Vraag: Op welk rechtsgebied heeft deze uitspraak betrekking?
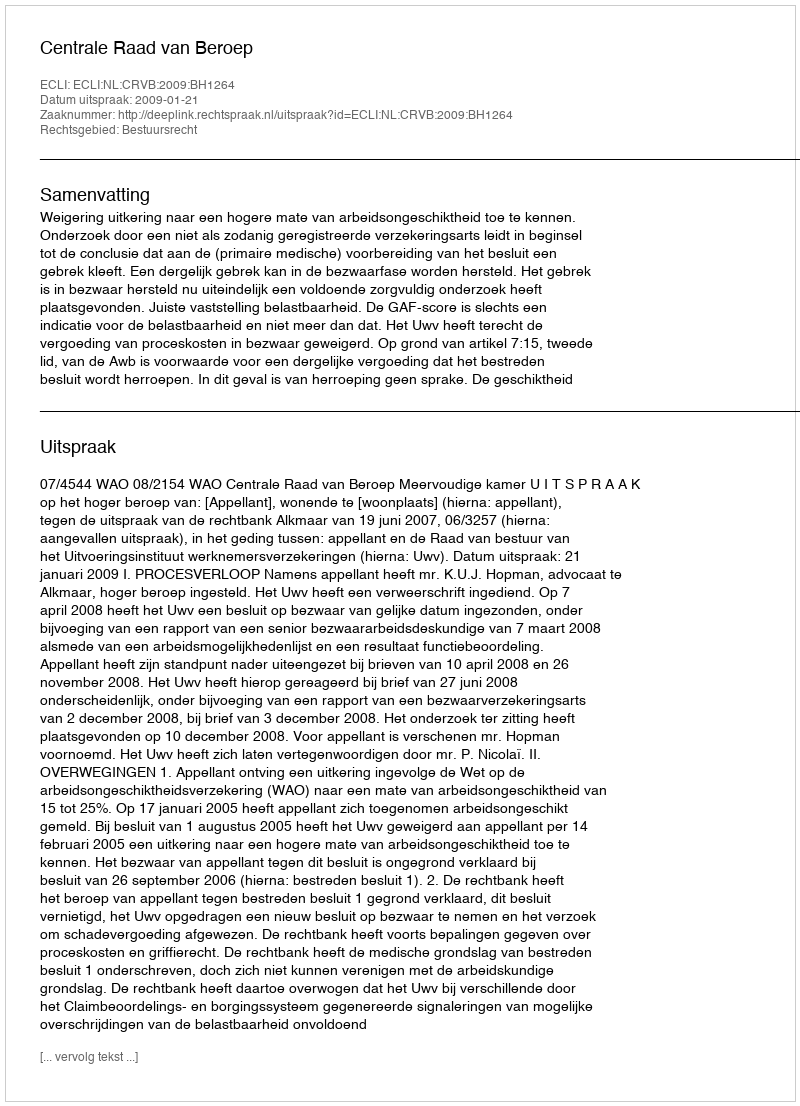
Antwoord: Bestuursrecht